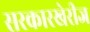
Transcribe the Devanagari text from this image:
सरकारखेरीज